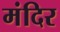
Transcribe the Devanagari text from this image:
मंदिर